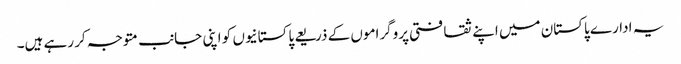
یہ ادارے پاکستان میں اپنے ثقافتی پروگراموں کے ذریعے پاکستانیوں کو اپنی جانب متوجہ کر رہے ہیں۔